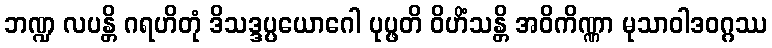
ဘဏ္ဍ လပန္တိ ဂရဟိတုံ ဒိသဒ္ဒပ္ပယောဂေါ ပုပ္ဖတိ ဝိဟိံသန္တိ အဝိကိဏ္ဏာ မုသာဝါဒဝဂ္ဂဿ